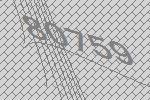
80759